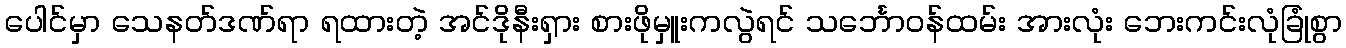
ပေါင်မှာ သေနတ်ဒဏ်ရာ ရထားတဲ့ အင်ဒိုနီးရှား စားဖိုမှူးကလွဲရင် သင်္ဘောဝန်ထမ်း အားလုံး ဘေးကင်းလုံခြုံစွာ